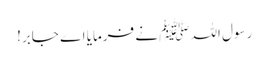
رسول اللہﷺ نے فرمایا اے جابر!